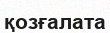
қозғалата